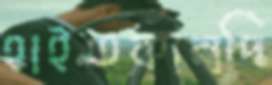
হাইতকান্দি